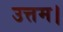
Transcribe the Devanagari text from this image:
उत्तम।